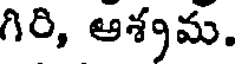
గిరి, ఆశ్రమ.